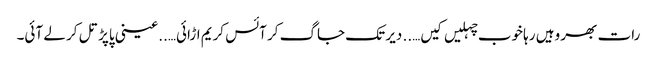
رات بھر وہیں رہا خوب چہلیں کیں….. دیر تک جاگ کر آئس کریم اڑائی…..عینی پاپڑ تل کر لے آئی۔